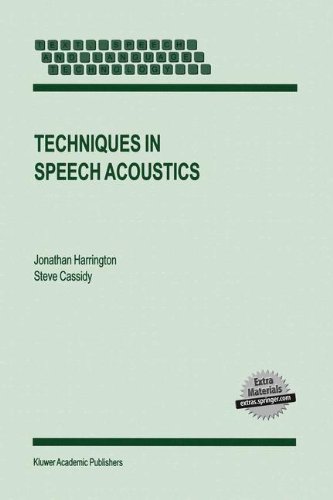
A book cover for Techniques in Speech Acoustics (Text, Speech and Language Technology); J. Harrington; Computers & Technology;